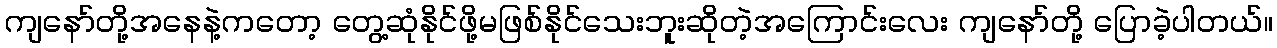
ကျနော်တို့အနေနဲ့ကတော့ တွေ့ဆုံနိုင်ဖို့မဖြစ်နိုင်သေးဘူးဆိုတဲ့အကြောင်းလေး ကျနော်တို့ ပြောခဲ့ပါတယ်။